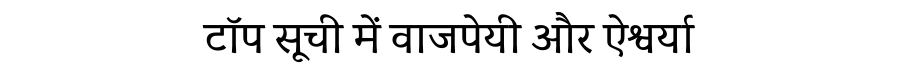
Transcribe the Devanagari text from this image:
टॉप सूची में वाजपेयी और ऐश्वर्या